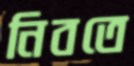
নিবতে